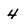
Character: 4